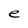
Character: e